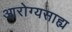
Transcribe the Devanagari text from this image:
आरोग्यसाह्य